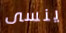
ينسى